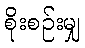
စိုးစဉ်းမျှ